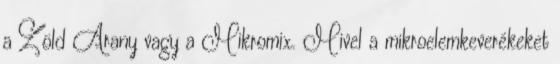
a Zöld Arany vagy a Mikromix. Mivel a mikroelemkeverékeket